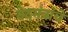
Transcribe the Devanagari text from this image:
वेदमंत्रांचे